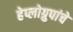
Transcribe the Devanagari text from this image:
हेप्लोग्रुपांचे